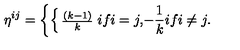
\eta ^ { i j } = \left\{ \begin{cases} { { \frac { ( k - 1 ) } { k } } } & { i f i = j , } \\ { { - { \frac { 1 } { k } } } } & { i f i \not = j . } \\ \end{cases} \right.